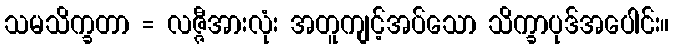
သမသိက္ခတာ = လဇ္ဇီအားလုံး အတူကျင့်အပ်သော သိက္ခာပုဒ်အပေါင်း။